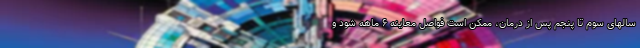
سالهای سوم تا پنجم پس از درمان، ممکن است فواصل معاینه ۶ ماهه شود و